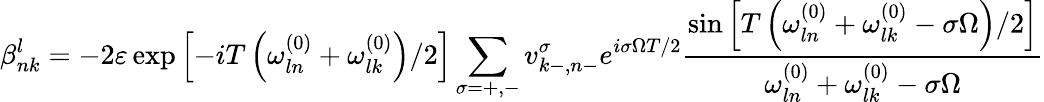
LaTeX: \beta_{nk}^{l}=-2\varepsilon\exp\left[-iT\left(\omega_{ln}^{(0)}+\omega_{lk}^{(0)}\right)/2\right]\sum_{\sigma=+,-}v_{k-,n-}^{\sigma}e^{i\sigma\Omega T/2}\frac{\sin\left[T\left(\omega_{ln}^{(0)}+\omega_{lk}^{(0)}-\sigma\Omega\right)/2\right]}{\omega_{ln}^{(0)}+\omega_{lk}^{(0)}-\sigma\Omega}